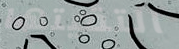
التقيتها